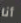
أنا